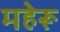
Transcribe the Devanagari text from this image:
महेरू